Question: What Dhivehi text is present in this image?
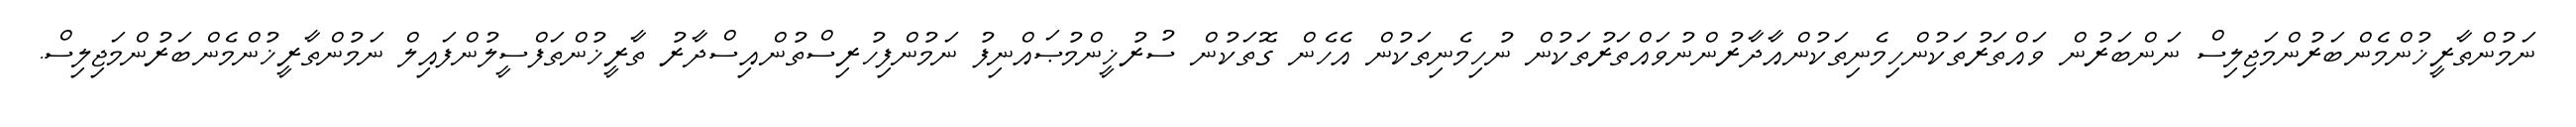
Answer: ނަމުންތާރީޚުންމެންބަރުންމަޖިލިސް ނަންބަރުން ވައްތަރުތަކުންހިމެނިތަކުންއާދާރުންނުވައްތަރުތަކުން ނުހިމެނިތަކުން އެހެން ގޮތަކުން ސުރުޚީންމުޞައްނިފު ނަމުންފިހުރިސްތުންއިސްދާރު ތާރީޚުންތަފްސީލުންފައިލް ނަމުންތާރީޚުންމެންބަރުންމަޖިލިސް.